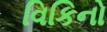
વિકિનો